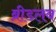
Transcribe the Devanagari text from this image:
ब्रीडलव